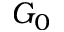
G _ { 0 }